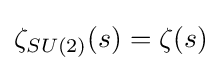
\zeta _{SU(2)}(s)=\zeta (s)